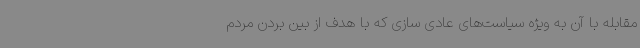
مقابله با آن به ویژه سیاست‌های عادی سازی که با هدف از بین بردن مردم